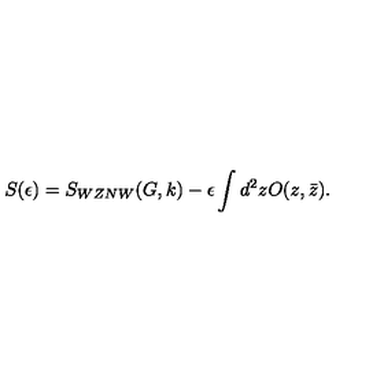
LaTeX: S ( \epsilon ) = S _ { W Z N W } ( G , k ) - \epsilon \int d ^ { 2 } z O ( z , \bar { z } ) .